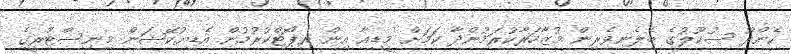
ކެންދޫ ސުކޫލުގެ ބެލެނިވެރިން މުޒާހަރާކުރަމުންދާ ކަމަށް މީޑިއާ އިން ރިޕޯޓްކުރުމުން އެޑިޔުކޭޝަން މިނިސްޓްރީގެ